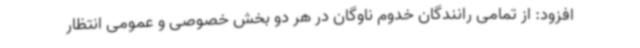
افزود: از تمامی رانندگان خدوم ناوگان در هر دو بخش خصوصی و عمومی انتظار